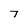
Character: 7